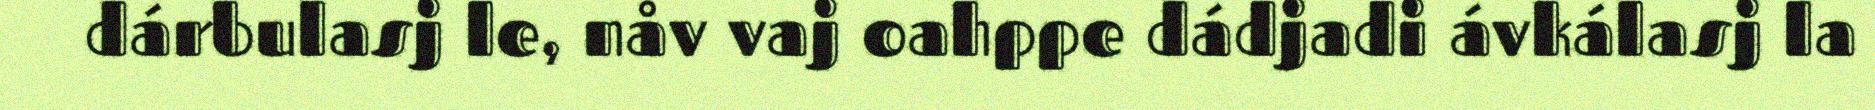
dárbulasj le, nåv vaj oahppe dádjadi ávkálasj la